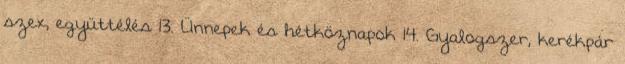
szex, együttélés 13. Ünnepek és hétköznapok 14. Gyalogszer, kerékpár